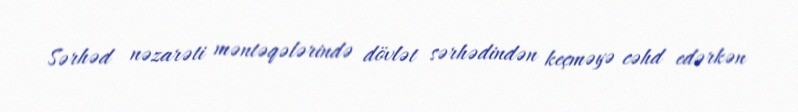
Sərhəd nəzarəti məntəqələrində dövlət sərhədindən keçməyə cəhd edərkən